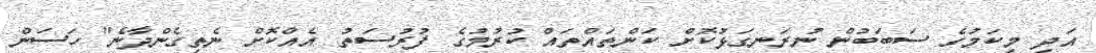
އަދި މިކަމުގެ ސަބަބުން ނުރަނގަޅުކޮށް ކަންތައްތައް ކުރުމުގެ ފުރުސަތު އެއްކޮށް ނެތިގެންދާނެ" ހަސަން